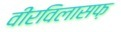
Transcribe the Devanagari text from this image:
वीरविलासफ़